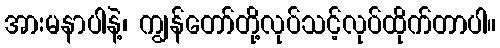
အားမနာပါနဲ့၊ ကျွန်တော်တို့လုပ်သင့်လုပ်ထိုက်တာပါ။